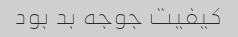
کیفیت جوجه بد بود